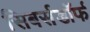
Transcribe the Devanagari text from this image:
सिबर्सडॉर्फ